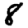
Digit: 8